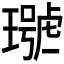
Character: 𤩩